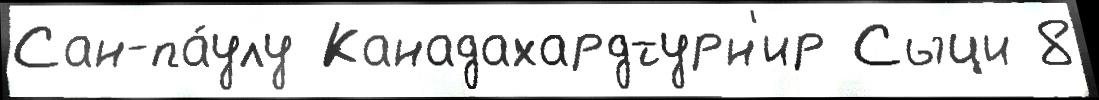
Сан-па́улу Канадахардтурн'ир Сыци 8